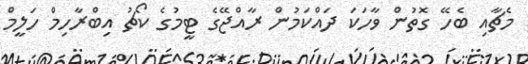
މެޗާއި ބެހޭ ގޮތުން ވާހަކަ ދައްކަމުން ރާއްޖޭގެ ޓީމުގެ ކޯޗު އިބްރާހިމް ހަލީމް